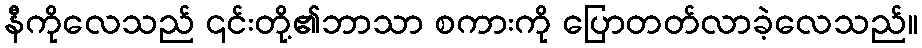
နီကိုလေသည် ၎င်းတို့၏ဘာသာ စကားကို ပြောတတ်လာခဲ့လေသည်။